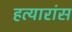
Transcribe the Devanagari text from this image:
हत्यारांस